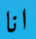
انا